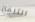
التلفاز